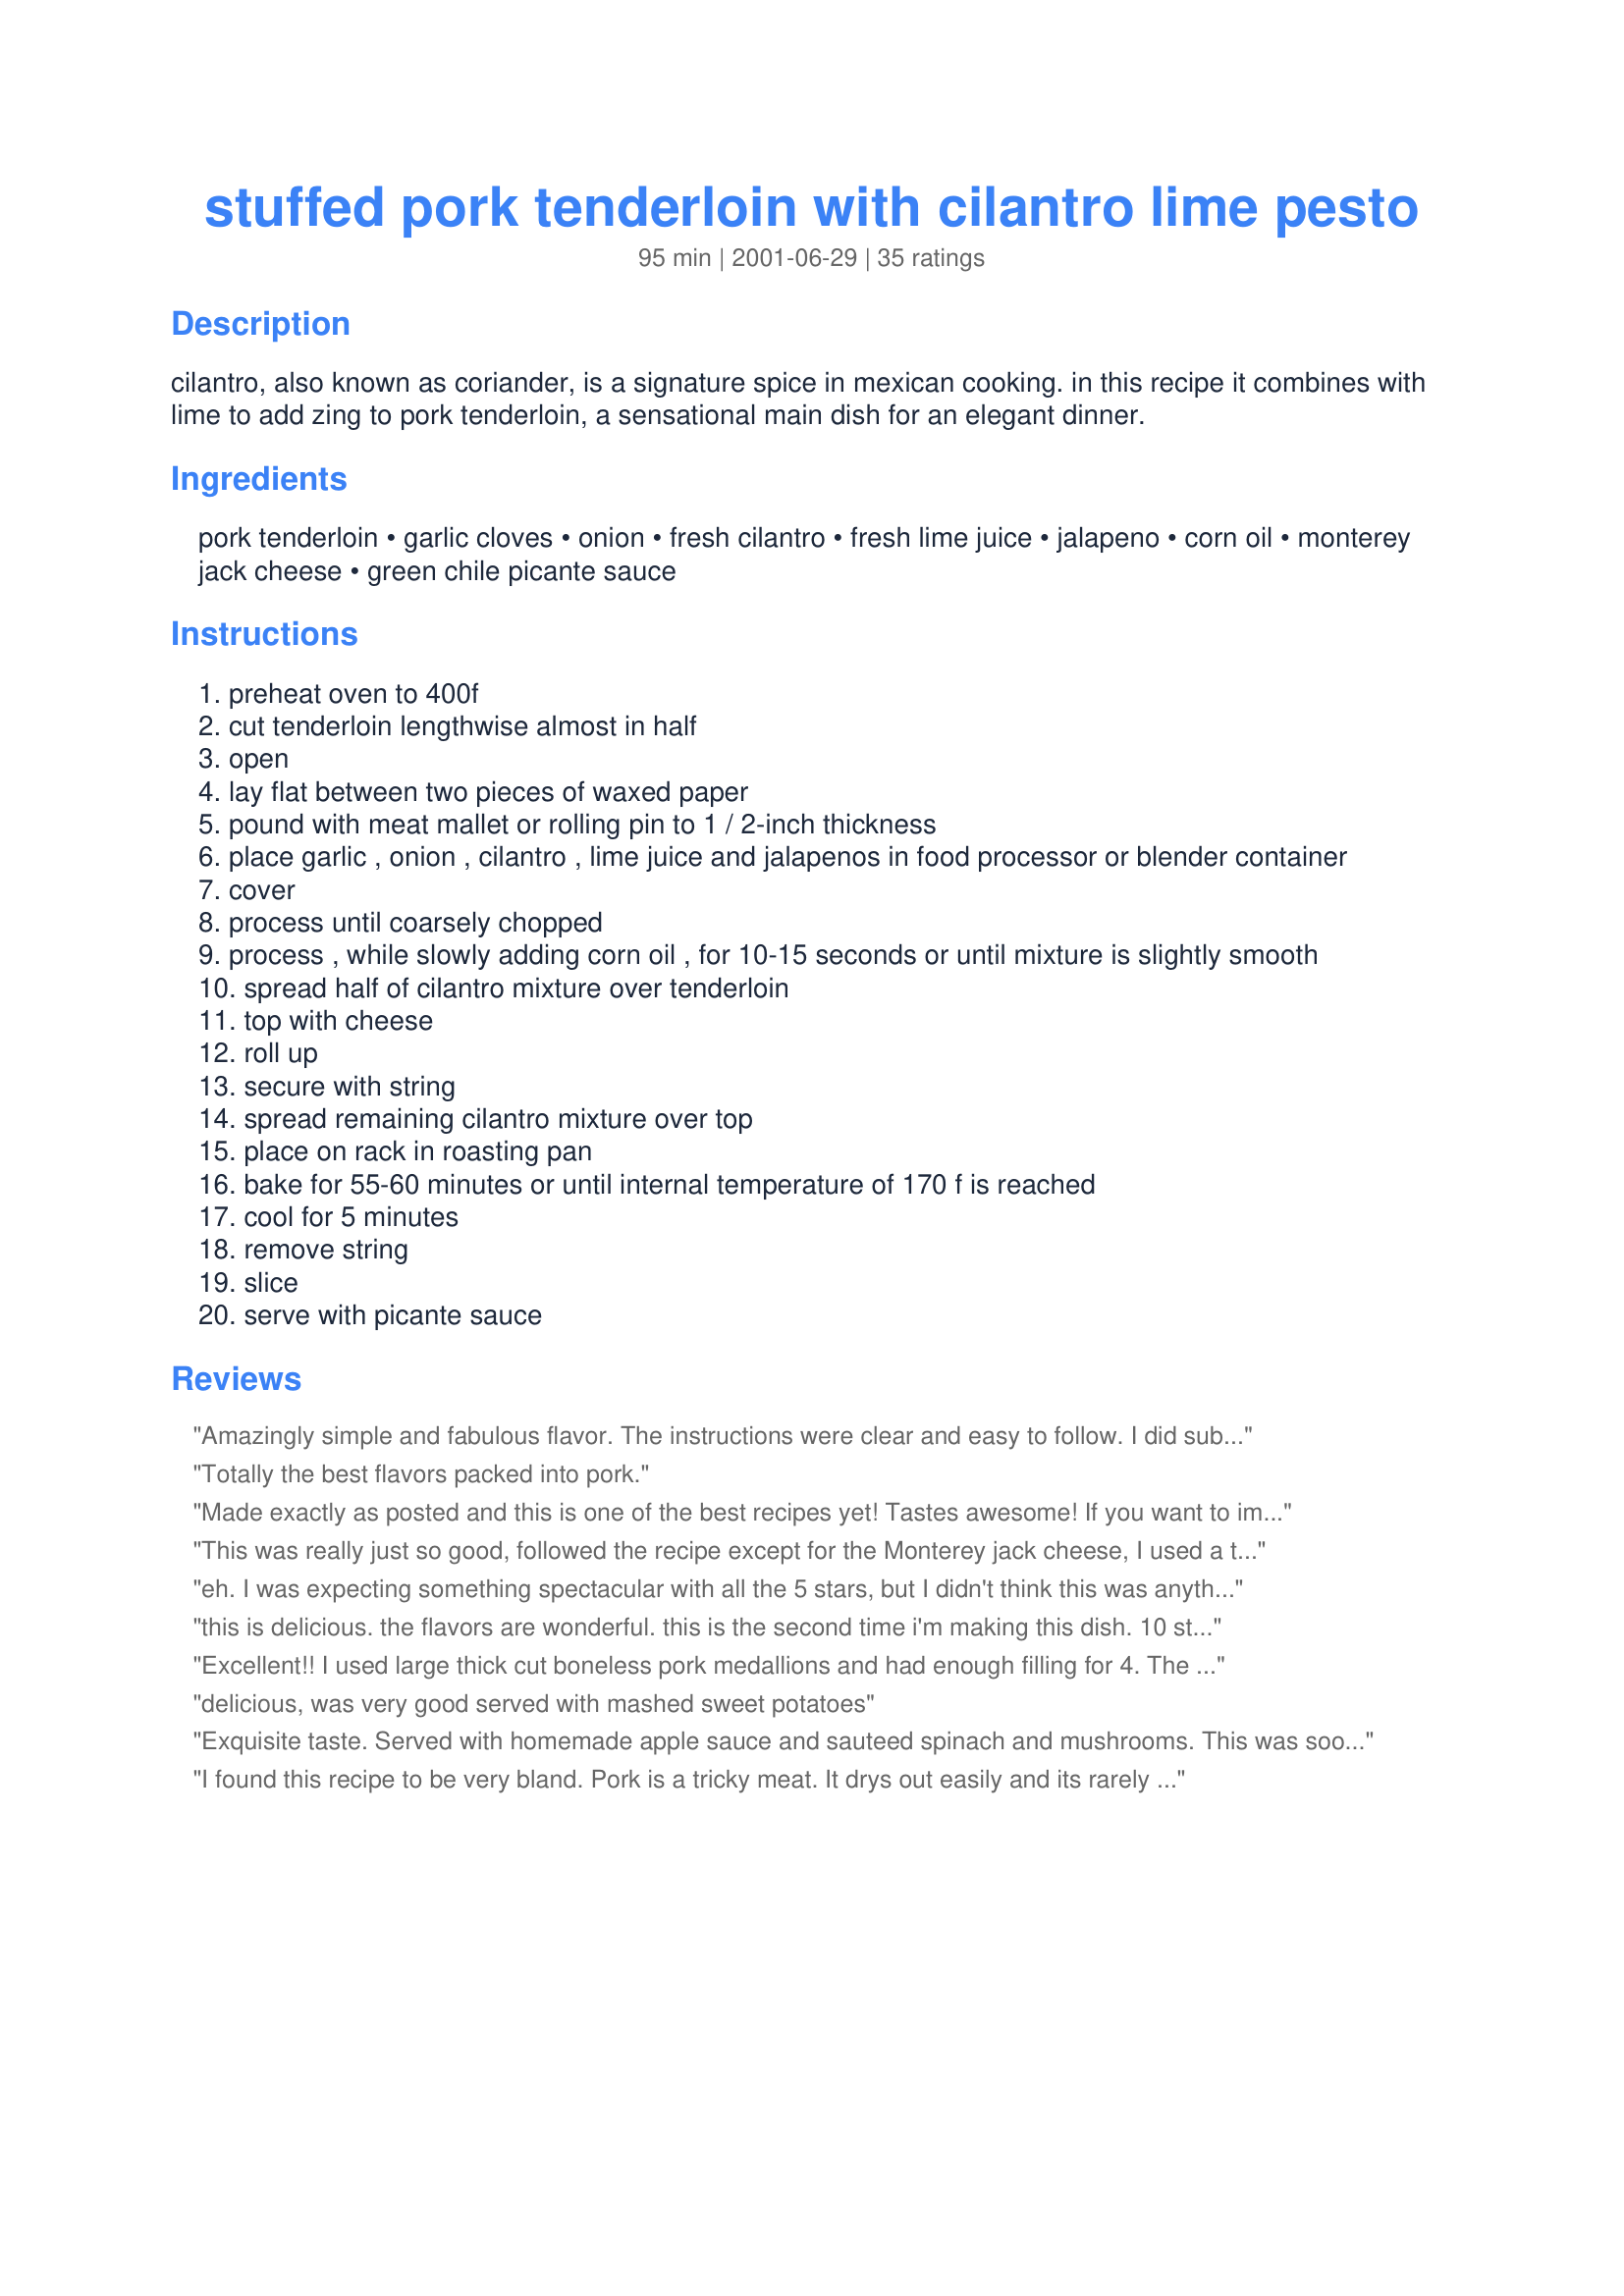
stuffed pork tenderloin with cilantro lime pesto
Preparation time: 95 minutes

cilantro, also known as coriander, is a signature spice in mexican cooking. in this recipe it combines with lime to add zing to pork tenderloin, a sensational main dish for an elegant dinner.

Ingredients:
pork tenderloin, garlic cloves, onion, fresh cilantro, fresh lime juice, jalapeno, corn oil, monterey jack cheese, green chile picante sauce

Steps:
preheat oven to 400f
cut tenderloin lengthwise almost in half
open
lay flat between two pieces of waxed paper
pound with meat mallet or rolling pin to 1 / 2-inch thickness
place garlic , onion , cilantro , lime juice and jalapenos in food processor or blender container
cover
process until coarsely chopped
process , while slowly adding corn oil , for 10-15 seconds or until mixture is slightly smooth
spread half of cilantro mixture over tenderloin
top with cheese
roll up
secure with string
spread remaining cilantro mixture over top
place on rack in roasting pan
bake for 55-60 minutes or until internal temperature of 170 f is reached
cool for 5 minutes
remove string
slice
serve with picante sauce

Reviews:
Amazingly simple and fabulous flavor. The instructions were clear and easy to follow. I did substitute olive oil for the corn oil, and the flavor was not comprimised. I served it with Simple Mexican Rice (recipe# 41167, by PanNan) and we were thoroughly impressed. Thank you!
Totally the best flavors packed into pork.
Made exactly as posted and this is one of the best recipes yet! Tastes awesome! If you want to impress someone this is the one to use. Thank you for posting.
This was really just so good, followed the recipe except for the Monterey jack cheese, I used a tasty cheese as we don't have monterey jack. This is certainoy something I will do again. I found mine cooked in my turbo oven in 35 mintutes.
eh. I was expecting something spectacular with all the 5 stars, but I didn't think this was anything special. The pesto was just pico de gallo sans the tomatoes. I tried some extra pesto on top of a piece of salmon and that was ok. I just didn't think this recipe was much to write home about. I won't be making it again.
this is delicious. the flavors are wonderful. this is the second time i'm making this dish. 10 stars. thanks for posting this recipe.
Excellent!!

I used large thick cut boneless pork medallions and had enough filling for 4. The taste of the cilantro lime pesto went perfectly with the pork. I served mine with parslied potatoes.

Great recipe!!
delicious, was very good served with mashed sweet potatoes
Exquisite taste. Served with homemade apple sauce and sauteed spinach and mushrooms. This was sooooo good. In my top 10 for sure. Tastes gourmet. YUM
I found this recipe to be very bland. Pork is a tricky meat. It drys out easily and its rarely tasty without great seasoning and spicing. Especially a tenderloin which doesn't always have the same fat content as a pork chop, and therefore lacks the same juices and flavor. This "pesto" had "a taste", namely cilantro, but was not tasty, and unfortunately did very little to flavor this dish. What this dish really needs is a more genuine stuffing within the pork, and this pesto should be prepared separately and poured atop the cooked meat to add more dynamic flavor. A little bit of seasoning during prep wouldn't hurt either, to help flavor the meat. I give this 1/5 stars because my wife and I didn't even finish what was on our plate... it was that disappointing. When left-overs go in the trash before they can even be left over, I just can't rate it any other way.
My family loved this recipe. I doubled the pesto recipe as suggested in another review (but still only used half of an onion), and I used cojita cheese instead of monterey jack. I used Merzetta Express Jarred Tamed Jalapenos rather than fresh to make it less spicy for the kids, but also retain the jalapeno flavoring. I also added more shredded cojita cheese to the top w/ remaining pesto and more slice jalapenos for garnish. Made the presentation great!
This is one of the best, most flavorful pork recipes that I have ever made. My husband still raves about how good this was.
I was just posting a stuffed pork loin recipe that I'd found and thought I'd search for more recipes for stuffing pork. Anyway, this came up and I made this last summer for a dinner we had and never reviewed! SORRY! This is fabulous! It makes a really fresh alternative to your traditional roast. As I remember, I mixed the picante sauce with a little sour cream, but otherwise made the recipe as you said to do it. I will add this to my 5* cookbook and look forward to making this again. I'm glad I came across it again.
I really enjoyed this dish. I used the pesto for a marinade and then cooked with it. I did not stuff it, but it still turned out great. Thanks for this great alternative!!
I really liked this a lot, although my husband didn't care for it. I made a half recipe and made with green rice (cilantro/jalapeno rice) and some green beans. I love fresh cilantro and this dish really makes good use of it in my opinion! Thanks for posting!
Excellent way to stuff a pork tenderloin. The directions were very clear and accurate. Delicious flavour - I used a serrano chile instead of Jalapeno and deglazed the pan with some reduced wine/shallot sauce and poured that on top of the tenderloin before serving.
Absolutely wonderful! I used a whole jalepeno and doubled the garlic and substituted olive oil. Easy and spectacular enough for company! We loved it.
This is a delicious recipe. It also works for stuffed chops. This is one of the best ways to eat pork, and this recipe is the best I've come across so far!
Try adding a chopped hot pepper or two for a kick!
This was really excellent. I ended up using colby cheese, because that's what I had on hand. I doubled the amount of cilantro pesto, and had just enough. Thanks!
Wouldn't call it pretty but it tasted great! Made as directed other than instead of green picante sauce I made recipe #189438 for dipping. I served with my own cilantro lime rice recipe on the side.
Awesome! Best pork recipe I have ever tried. I used Feta cheese and pork was full of flavor, tender and moist.
Amazing dish. I made it into stuffed pork chops. I cooked them on a pan for approx 15 min. I used cheddar instead of Monterey Jack. This is a keeper for sure.
Very good. Thank you.
I recently found this recipe on Ortega's website - didn't know it was already posted here. It was absolutely delicious! The only substitution I made was to use diced green chilies in place of the jalpenos. I'll be making this again for sure!

What a great recipe! Being from Texas, we love things hot, so I used 3 whole fresh jalepenos in my version, substiuted olive oi for corn oil, but otherwise left un-altered. What amazed me is that this contains no salt or seasonings and yet the meat came out perfectly flavored
even on the outside. Yum!
We loved this! I used olive oil because that's what I had but it worked out well. I also added a bit of salt to the sauce to bring out the flavors even more. The pork was also great in sandwiches the next day. I doubled the sauce recipe and had some left over so I put it in spaghetti with a little bit of parmesean cheese. It was awesome too!
Oh my gosh, this was so good! I have made it several times, some following directions exactly, some changing the cheese to feta, adding spinach, etc... And every time there has never been any left over. I have made it for family and friends and everyone loves it.
This was a great way to make pork tenderloin a little more interesting. I used Cilantro Pesto Recipe #122804 that I had frozen, but still added the fresh lime juice. My pork came out a little dry, so I think I'll have to decrease the cook time a bit in the future. But overall a great meal!
I made this tonight because I had all of the ingredients. It was wonderful. I didn't change a thing. So easy and really good.
Very good, and there were no leftovers! Next time, though, I think I'll make it the same way except substitute a mixture of sauteed and drained mushrooms and spinach for the cheese to give it a little more solidity.
The sauce was awesome! Wish I had quadrupled the recipe for it! I could drink the stuff! Great recipe! Thanks!
This recipe brings several of my favorite ingredients together and is a wonderfully different way to prepare pork loin. Thanks for posting a terrific recipe!
This recipe is just "okay". The first glaring issue I had with it was the direction to cook the pork to a temperature of 170 degrees. Way too overdone at that temp. Tenderloin should be pulled at a temp no higher than 135 and allowed to rest to 140. A lot of fussy work for an "okay" result. Probably won't be making this again.
The flavor was wonderful, but I had a hard time stuffing the pork, everything kept spilling over.
Not a big fan of pork, but decided to try this recipe out anyway :) Turned out very yummy!
This wins the "Best Recipe I've Found On This Site So Far" award. So easy and sooo good. I'd give it 10 stars if I could. I made it exactly as posted, didn't change a thing.
